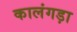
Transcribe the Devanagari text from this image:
कालंगड़ा